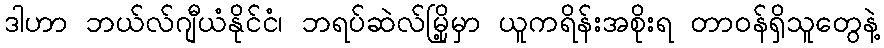
ဒါဟာ ဘယ်လ်ဂျီယံနိုင်ငံ၊ ဘရပ်ဆဲလ်မြို့မှာ ယူကရိန်းအစိုးရ တာဝန်ရှိသူတွေနဲ့